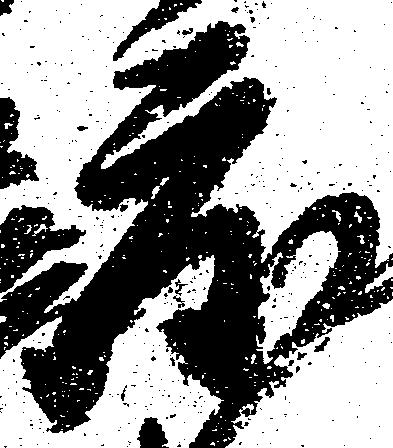
度